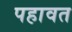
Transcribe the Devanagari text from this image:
पहावत